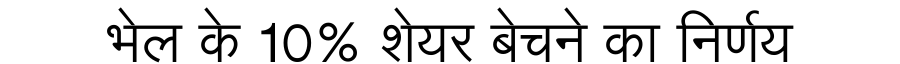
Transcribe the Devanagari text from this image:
भेल के 10% शेयर बेचने का निर्णय